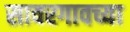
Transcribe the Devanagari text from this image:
सावरगावच्या